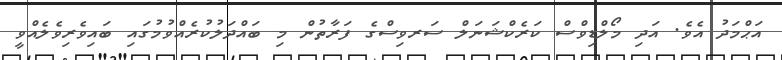
އަޙްމަދު އެވެ. އަދި މޯލްޑިވްސް ކަރެކްޝަނަލް ސަރވިސްގެ ފަރާތުން މި ބައްދަލުކުރެއްވުމުގައި ބައިވެރިވެލެއްވީ